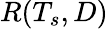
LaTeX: R(T_{s},D)